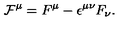
{ \cal F } ^ { \mu } = F ^ { \mu } - { \epsilon } ^ { { \mu } { \nu } } F _ { \nu } .